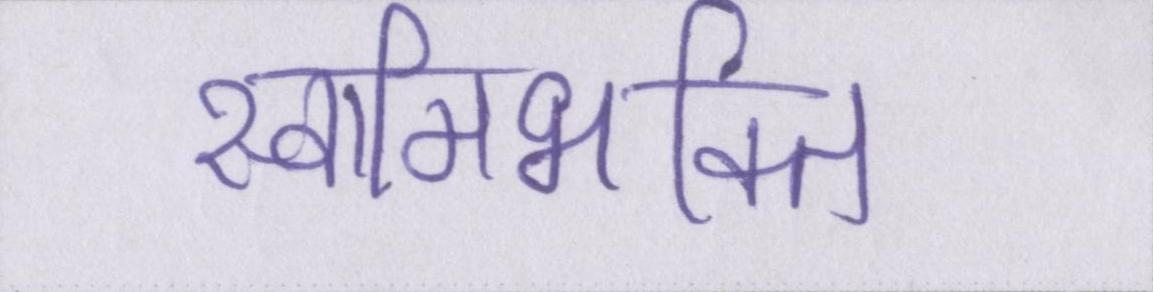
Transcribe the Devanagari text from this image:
स्वामिभक्ति